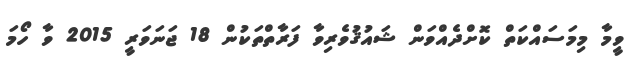
ވީމާ މިމަސައްކަތް ކޮށްދެއްވަން ޝައުޤުވެރިވާ ފަރާތްތަކުން 18 ޖަނަވަރީ 2015 ވާ ހޯމަ